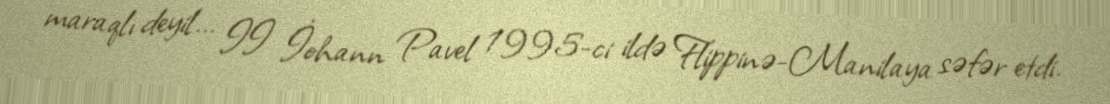
maraqlı deyil... II İohann Pavel 1995-ci ildə Flippinə-Manilaya səfər etdi.